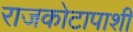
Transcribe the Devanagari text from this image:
राजकोटापाशी